Report on sanitation, dispensaries, and jails in Rajputana for 1920, and on vaccination for the year 1920-1921 - 1920-1921
Year: 1920
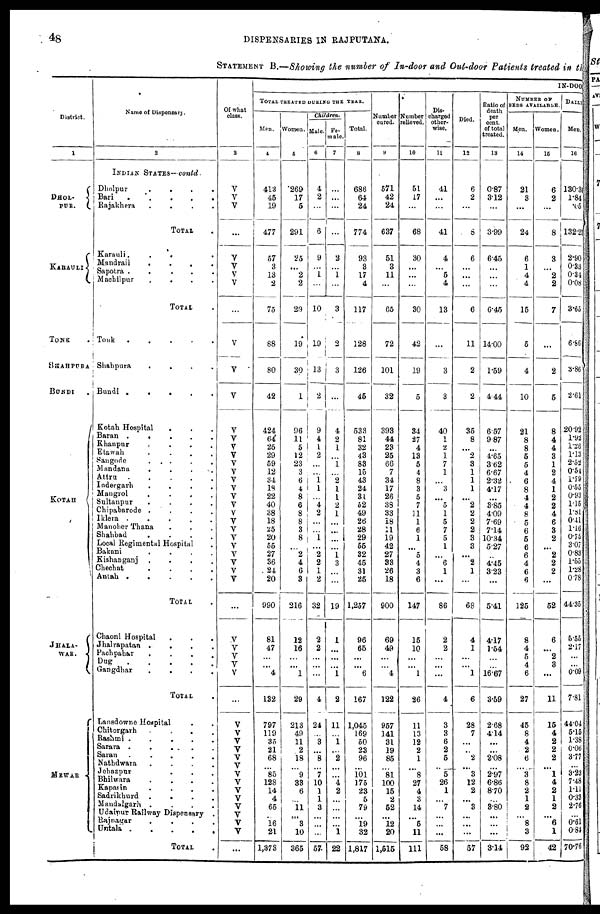
48
DISPENSARIES IN RAJPUTANA.
STATEMENT B.—Showing the number of In-door and Out-door Patients treated in th
District.
1
DHOL¬
PUR.
KARAULI
TONK
SHAHPURA
BUNDI.
KOTAH
JHALA¬
WAR.
MEWAR
Name of Dispensary.
2
INDIAN STATES—contd.
Dholpur
....
Bari
.....
Rajakhera
....
TOTAL.
Karauli...
Mandraìl....
Sapotra
.....
Machilpur ....
TOTAL.
Tonk
......
Shahpura
....
Bundi
.....
Kotah Hospital ...
Baran .....
Khanpur
....
Etawah
....
Sangode
....
Mandana
....
Attru
Indergarh
.....
Mangrol
....
Sultanpur
....
Chipabarode
....
Iklera
....
Manoher Thana ...
Shahbad
....
Local Regimental Hospital .
Bakani
....
Kishanganj
....
Chechat
....
Antah
.....
TOTAL
Chaoni Hospital
....
Jhalrapatan
....
Pachpahar
....
Dug
Gangdbar
....
TOTAL ...
Lansdowne Hospital ..
Chitorgarh
....
Rashmi .....
Sarara
....
Saran
....
Nathdwara ....
Jehazpur ...
Bhilwara
....
Kapasin
....
Sadrikhurd ....
Mandalgarh ....
Udaipur Railway Dispensary .
Rajnagar
....
Untala
TOTAL
Of what
class.
3
V
V
V
V
V
V
V
...
V
V
V
V
V
V
V
V
V
V
V
V
V
V
V
V
V
V
V
V
V
V
...
.V
V
V
V
V
...
V
V
V
V
V
V
V
V
V
V
V
V
V
V
...
IN-DOOR
TOTAL TREATED DURING THE YEAR.
Men.
4
413
45
19
477
57
3
13
2
75
88
80
42
424
64
25
29
59
12
34
18
22
40
38
18
25
20
55
27
36
24
20
990
81
47
...
...
4
132
797
119
35
21
68
...
85
128
14
4
65
...
16
21
1,373
Women.
5
269
17
5
291
25
...
2
2
29
19
30
1
96
11
5
12
23
3
6
4
8
6
8
8
3
8
...
2
4
6
3
216
12
16
...
...
1
29
213
49
11
2
18
...
9
38
6
...
11
...
3
10
365
Children.
Male.
6
4
2
...
6
9
...
1
...
10
19
13
2
9
4
1
2
...
...
1
1
...
4
2
...
...
1
...
2
2
1
2
32
2
2
...
...
...
4
24
...
3
...
8
...
7
10
1
1
3
...
...
...
57
Fe-
male.
7
...
...
...
...
2
...
1
...
3
2
3
...
4
2
1
...
1
...
2
1
1
2
1
...
...
...
...
1
3
...
...
19
1
...
...
...
1
2
11
...
1
...
2
...
...
4
2
...
...
...
...
1
22
Total.
8
686
64
24
774
93
3
17
4
117
128
126
45
533
81
32
43
83
15
43
24
31
52
49
26
28
29
55
32
45
31
25
1,257
96
65
...
...
6
167
1,045
169
50
23
96
...
101
175
23
5
79
...
19
32
1,817
Number
cured.
9
571
42
24
637
51
3
11
...
65
72
101
32
393
44
23
25
66
7
34
17
26
38
33
18
11
19
42
27
33
26
18
900
69
49
...
...
4
122
957
141
31
19
85
...
81
100
15
2
52
...
12
20
1,515
Number
relieved.
10
51
17
...
68
30
...
...
...
30
42
19
5
34
27
4
13
5
4
8
3
5
7
11
1
6
1
...
5
4
3
6
147
15
10
...
...
1
26
11
13
12
2
1
...
8
27
4
3
14
...
5
11
111
Dis¬
charged
other-
wise.
11
41
...
...
41
4
...
5
4
13
...
3
3
40
1
2
1
7
1
...
3
...
5
1
5
7
5
1
...
6
1
...
86
2
2
...
...
...
4
3
3
6
2
5
..
5
26
1
...
7
...
...
...
58
Died.
12
6
2
...
8
6
...
...
...
6
11
2
2
35
8
...
2
3
1
1
1
...
2
2
2
2
3
3
...
2
1
...
68
4
1
...
...
1
6
28
7
...
...
2
...
3
12
2
...
3
...
...
...
57
Ratio of
death
per
cent.
of total
treated.
13
0.87
3.12
...
3.99
6.45
...
...
...
6.45
14.00
1.59
4.44
6.57
9.87
...
4.65
3.62
6.67
232
4.17
...
3.85
4.09
7.69
7.14
10.34
5.27
...
4.45
3.23
...
5.41
4.17
1.54
...
...
16.67
3.59
2.68
4.14
...
...
2.08
...
2.97
6.86
8.70
...
3.80
...
...
...
3.14
NUMBER OF
BEDS AVAILABLE.
Men.
14
21
3
...
24
6
1
4
4
15
5
4
10
21
8
8
5
5
4
6
8
4
4
8
5
6
5
6
6
4
6
6
125
8
4
5
4
6
27
45
8
4
2
6
......
3
8
2
1
2
...
8
3
92
Women.
15
6
2
...
8
3
...
2
2
7
...
2
5
8
4
4
3
1
2
4
1
2
2
4
6
3
2
...
2
2
2
...
52
6
...
2
3
...
11
15
4
2
2
2
...
1
4
2
1
2
...
6
1
42
DAILY
Men.
16
130.34
1.84
.05
132.23
2.90
0.33
0.34
0.08
3.65
6.86
3.86
2.61
20.92
1.92
1.26
1.13
2.52
0.54
1.79
0.55
0.93
1.15
1.3l
0.41
1.16
0.75
3.07
0.83
1.55
1.28
0.78
44.35
5.55
2.17
...
...
0.09
7.81
44.04
5.15
1.38
0.06
3.77
...
3.23
7.48
1.11
0.33
2.76
...
0.61
0.84
70.76